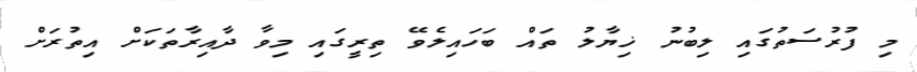
މި ފުރުސަތުގައި ލިބުނު ޚިޔާލު ތައް ބަހައިލެވޭ ތިރީގައި މިވާ ދާއިރާތަކަށް އިތުރަށް